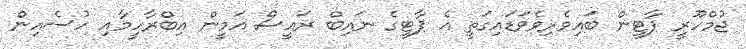
ޖުމްހޫރީ ޕާޓީން ބައިވެރިވެވަޑައިގަތީ އެ ޕާޓީގެ ނައިބް ރައީސް އަމީން އިބްރާހީމާއި ހުސެއިން